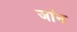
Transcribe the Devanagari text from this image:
जांन